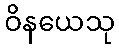
ဝိနယေသု